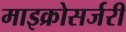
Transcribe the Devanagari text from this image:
माइक्रोसर्जरी